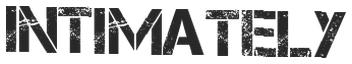
INTIMATELY